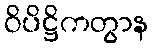
ဝိပိဋ္ဌိကတွာန